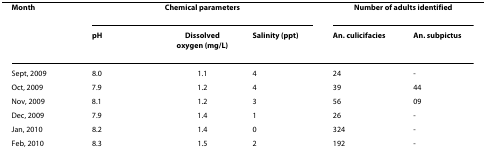
<table><thead><tr><td><b>Month</b></td><td colspan="3"><b>Chemical parameters</b></td><td colspan="2"><b>Number of adults identified</b></td></tr><tr><td></td><td><b>pH</b></td><td><b>Dissolved oxygen (mg/L)</b></td><td><b>Salinity (ppt)</b></td><td><b><i>An. culicifacies</i></b></td><td><b><i>An. subpictus</i></b></td></tr></thead><tbody><tr><td>Sept, 2009</td><td>8.0</td><td>1.1</td><td>4</td><td>24</td><td>-</td></tr><tr><td>Oct, 2009</td><td>7.9</td><td>1.2</td><td>4</td><td>39</td><td>44</td></tr><tr><td>Nov, 2009</td><td>8.1</td><td>1.2</td><td>3</td><td>56</td><td>09</td></tr><tr><td>Dec, 2009</td><td>7.9</td><td>1.4</td><td>1</td><td>26</td><td>-</td></tr><tr><td>Jan, 2010</td><td>8.2</td><td>1.4</td><td>0</td><td>324</td><td>-</td></tr><tr><td>Feb, 2010</td><td>8.3</td><td>1.5</td><td>2</td><td>192</td><td>-</td></tr></tbody></table>